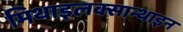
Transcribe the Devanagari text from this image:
मिथाइलक्सान्थाइन